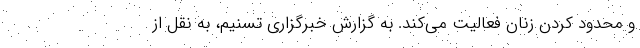
و محدود کردن زنان فعالیت می‌کند. به گزارش خبرگزاری تسنیم، به نقل از